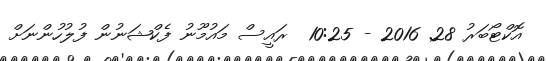
އޮކްޓޯބަރު 28